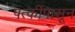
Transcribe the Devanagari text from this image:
पत्कींपासून